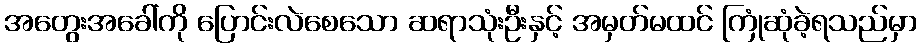
အတွေးအခေါ်ကို ပြောင်းလဲစေသော ဆရာသုံးဦးနှင့် အမှတ်မထင် ကြုံဆုံခဲ့ရသည်မှာ